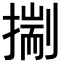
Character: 𢳐